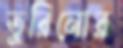
তুরিনোর